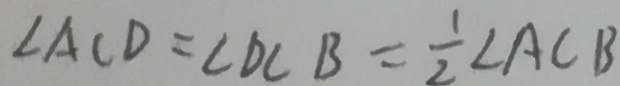
\angle A C D = \angle D C B = \frac { 1 } { 2 } \angle A C B